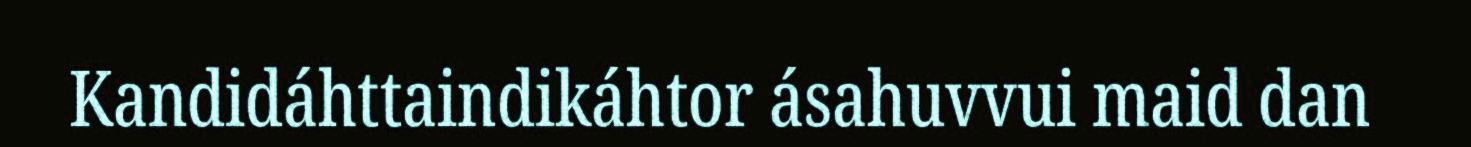
Kandidáhttaindikáhtor ásahuvvui maid dan